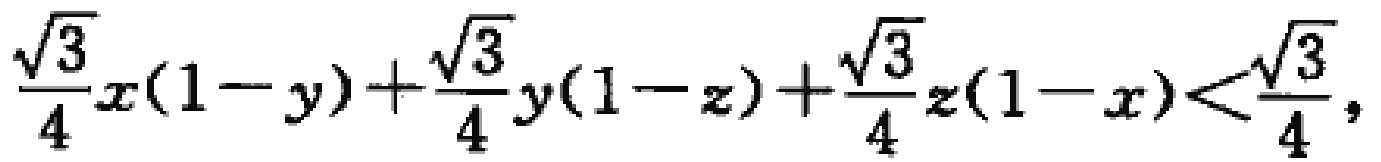
\(\frac{\sqrt{3}}{4}x(1 - y)+\frac{\sqrt{3}}{4}y(1 - z)+\frac{\sqrt{3}}{4}z(1 - x)<\frac{\sqrt{3}}{4},\)